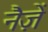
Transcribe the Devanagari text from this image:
नैज़ें